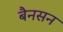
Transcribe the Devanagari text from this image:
बैनसन